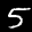
Label: 5